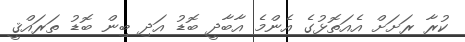
ކުރާ ރަށަށް އެއަތޮޅުގެ އެންމެ އާބާދީ ބޮޑު އަދި ބިން ބޮޑު ތަރައްޤީ